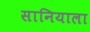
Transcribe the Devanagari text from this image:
सानियाला